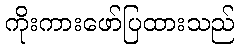
ကိုးကားဖော်ပြထားသည်